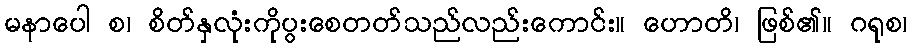
မနာပေါ စ၊ စိတ်နှလုံးကိုပွးစေတတ်သည်လည်းကောင်း။ ဟောတိ၊ ဖြစ်၏။ ဂရုစ၊